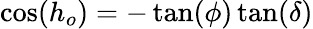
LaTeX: \cos(h_{o})=-\tan(\phi)\tan(\delta)